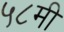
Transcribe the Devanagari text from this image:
५८मी